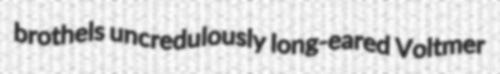
brothels uncredulously long-eared Voltmer